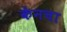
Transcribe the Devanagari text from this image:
केनचा